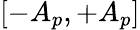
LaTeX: [-A_{p},+A_{p}]